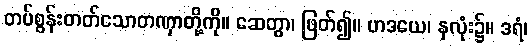
တပ်စွန်းတတ်သောတဏှာတို့ကို။ ဆေတွာ၊ ဖြတ်၍။ ဟဒယေ၊ နှလုံး၌။ ဒရံ၊